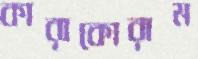
কারাকোরাম